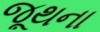
જૂથના